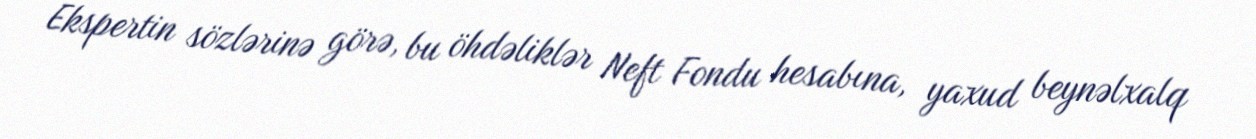
Ekspertin sözlərinə görə, bu öhdəliklər Neft Fondu hesabına, yaxud beynəlxalq